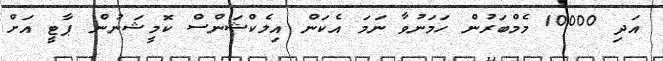
އަދި 10000 މެމްބަރުން ހަމަނުވާ ނަމަ އެކަން އިލެކްޝަންސް ކޮމީޝަނުން ޕާޓީ އަށް